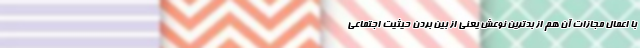
با اعمال مجازات آن هم از بدترین نوعش یعنی از بین بردن حیثیت اجتماعی